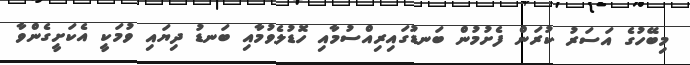
މިބޭހުގެ އަސަރު ކުރަން ފެށުމުން ބަނޑުގައިރިއްސުމާއި ހޮޑުލެވުމާއި ބަނޑު ދިޔައި ވުމަކީ އެކަށީގެންވާ